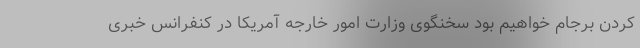
کردن برجام خواهیم بود سخنگوی وزارت امور خارجه آمریکا در کنفرانس خبری